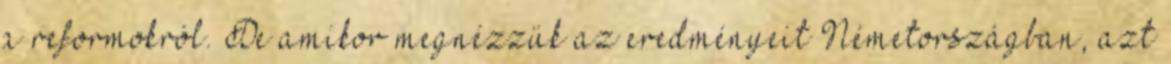
a reformokról. De amikor megnézzük az eredményeit Németországban, azt